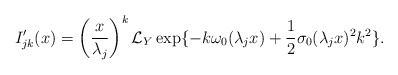
\begin{align*}I'_{jk}(x)&=\left(\frac{x}{\lambda_j}\right)^k\mathcal{L}_Y\exp\{-k\omega_0(\lambda_jx)+\dfrac{1}{2}\sigma_0(\lambda_jx)^2k^2\}.\end{align*}